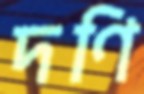
দণি